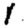
Digit: 1